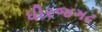
ધીરજગઢ